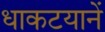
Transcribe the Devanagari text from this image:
धाकटयानें